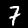
Label: 7